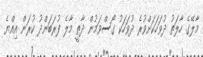
މާލޭގެ ހާލަތު ދުވަހަކަށްވުރެ ދުވަހަކު ގޯސްވަމުން ދާތީ މާލެ ފުރަބަންދު ކުރަން އިއްޔެ